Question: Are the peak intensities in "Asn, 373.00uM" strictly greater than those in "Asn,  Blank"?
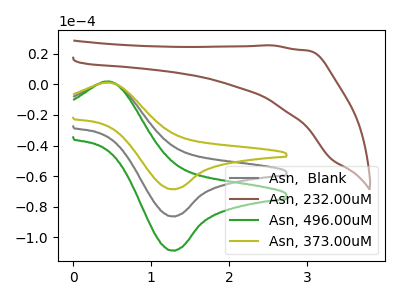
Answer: <think>The gray curve "Asn,  Blank" has an anodic peak at (0.40V, 1.50uA) and a cathodic peak at (1.30V, -86.30uA). The brown curve "Asn, 232.00uM" has no peaks. The green curve "Asn, 496.00uM" has an anodic peak at (0.40V, 3.05uA) and a cathodic peak at (1.30V, -172.60uA). The olive curve "Asn, 373.00uM" has an anodic peak at (0.40V, 1.20uA) and a cathodic peak at (1.30V, -68.55uA).</think>
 <answer>Every peak in "Asn, 373.00uM" is lower than every peak in "Asn,  Blank".</answer>
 <eval>lower</eval>